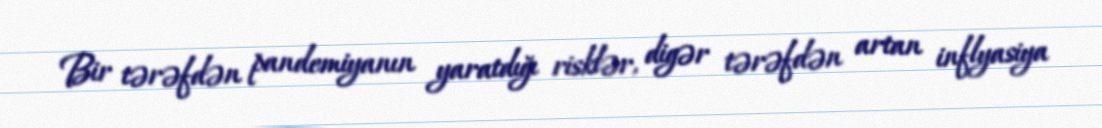
Bir tərəfdən pandemiyanın yaratdığı risklər, digər tərəfdən artan inflyasiya